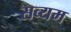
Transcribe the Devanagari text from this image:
सव्यम